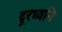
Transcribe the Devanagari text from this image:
दूरध्वनि